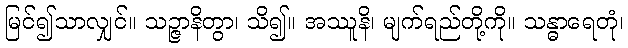
မြင်၍သာလျှင်။ သဉ္ဇာနိတွာ၊ သိ၍။ အဿူနိ၊ မျက်ရည်တို့ကို။ သန္ဓာရေတုံ၊